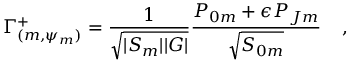
\Gamma _ { ( m , \psi _ { m } ) } ^ { + } = { \frac { 1 } { \sqrt { | { \cal S } _ { m } | | { \cal G } | } } } { \frac { { P } _ { 0 m } + \epsilon { P } _ { J m } } { \sqrt { { S } _ { 0 m } } } } \; \; \; \; ,